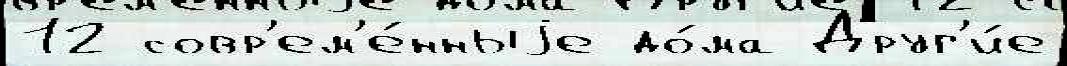
12 совр'ем'е́нныjе до́ма Друг'и́е